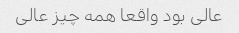
عالی بود واقعا همه چیز عالی